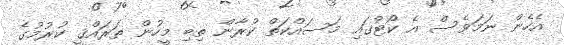
އެހެން ނަމަވެސް އެ ކޯޓުގައި މަސައްކަތް ކުރާން ތިބި މީހުން ތަރައްޤީ ކުރުމުގެ